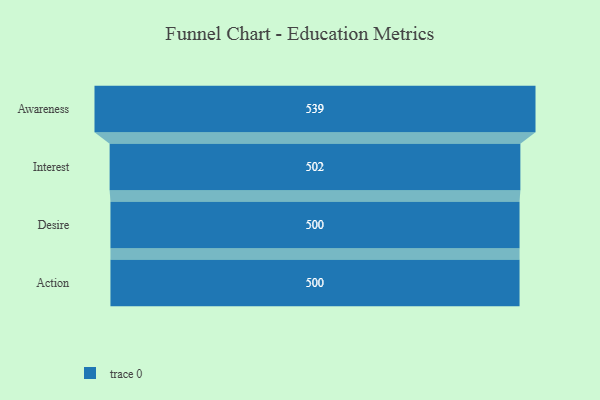
{"axis": {"x": "Stage", "y": "Value"}, "legend": [""], "data": [{"x": "Awareness", "y": 539.0, "type": ""}, {"x": "Interest", "y": 502.0, "type": ""}, {"x": "Desire", "y": 500, "type": ""}, {"x": "Action", "y": 500, "type": ""}]}